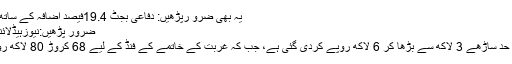
یہ بھی ضرو رپڑھیں: دفاعی بجٹ 19.4فیصد اضافہ کے ساتھ 11سو ارب روپے مختص
ضرور پڑھیں:نیوزہیڈلائنز21،02pmاگست2018
بیواؤں کے قرضہ جات کی حد ساڑھے 3 لاکھ سے بڑھا کر 6 لاکھ روپے کردی گئی ہے، جب کہ غربت کے خاتمے کے فنڈ کے لیے 68 کروڑ 80 لاکھ روپے مختص کیے گئے ہیں۔